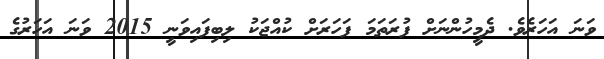
ވަނަ އަހަރެވެ. ދެމީހުންނަށް ފުރަތަމަ ފަހަރަށް ކުއްޖަކު ލިބިފައިވަނީ 2015 ވަނަ އަހަރުގެ